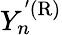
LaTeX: Y_{n}^{'\mathrm{(R)}}